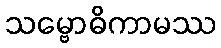
သမ္ဗောဓိကာမဿ